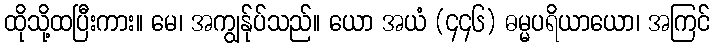
ထိုသို့ထပြီးကား။ မေ၊ အကျွန်ုပ်သည်။ ယော အယံ (၄၄၆) ဓမ္မပရိယာယော၊ အကြင်